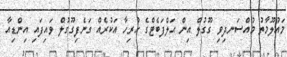
މައުލޫމާތު މުއްސަނދިވި ގޫގުލް އިން އަލްފަބެޓްގެ ހުރިހާ އަކުރެއް ގަނެފިގޫގުލް ވައިފައި އިންޑިއާ